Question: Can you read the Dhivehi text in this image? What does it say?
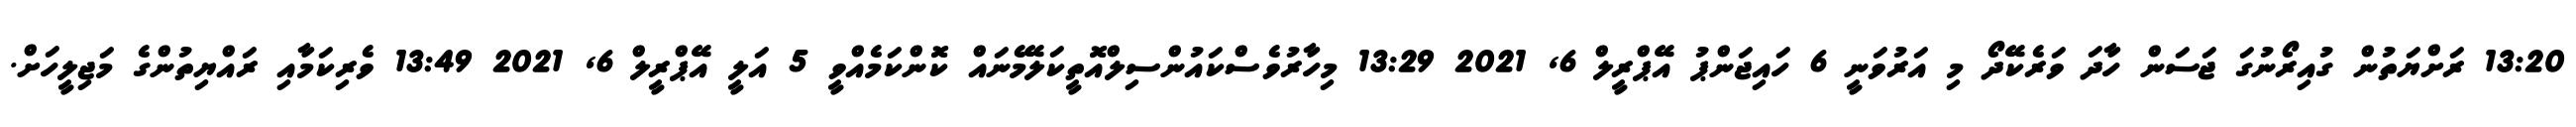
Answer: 13:20 ރަށްޔަތުން ގުއިރޯނުގަ ޖަސަން ހާދަ ވަރެކޭދޯ މި އަރުވަނީ 6 ހައިޖަންޕު އޭޕްރީލް 6, 2021 13:29 މިހާރުވެސްކައުންސިލްއޮތީކަލޭމެނައް ކޮންކަމެއްވީ 5 އަލީ އޭޕްރީލް 6, 2021 13:49 ވެރިކަމާއި ރައްޔިތުންގެ މަޖިލީހަށް.